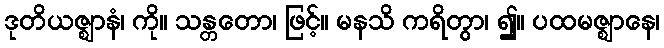
ဒုတိယဇ္ဈာနံ၊ ကို။ သန္တတော၊ ဖြင့်။ မနသိ ကရိတွာ၊ ၍။ ပထမဇ္ဈာနေ၊